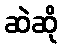
ဆဲဆို